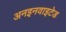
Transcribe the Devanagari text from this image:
अनइनवाइटेड